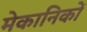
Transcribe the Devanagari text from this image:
मेकानिकों